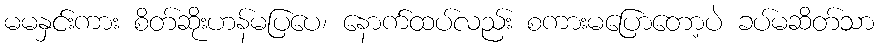
မမနှင်းကား စိတ်ဆိုးဟန်မပြပေ၊ နောက်ထပ်လည်း စကားမပြောတော့ပဲ ခပ်မဆိတ်သာ